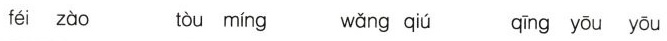
féi zào tòu míng wǎng qiú qīng yōu yōu